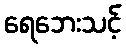
ရေဘေးသင့်